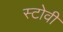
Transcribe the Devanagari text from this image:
स्टोवी